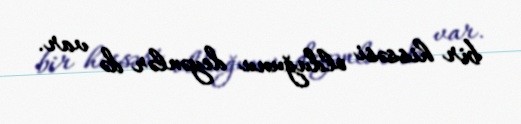
bir hissəsi olduğunu deyənlər də var.